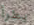
يطرأ